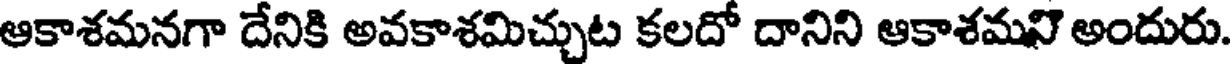
ఆకాశమనగా దేనికి అవకాశమిచ్చుట కలదో దానిని ఆకాశమని అందురు.